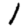
Digit: 1